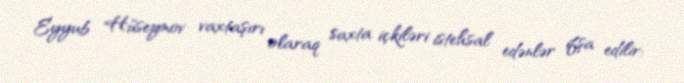
Eyyub Hüseynov vaxtaşırı olaraq saxta içkiləri istehsal edənlər ifşa edilir: